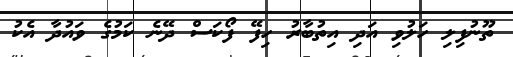
ތޫނުފިލި ހަލުވި އަދި އިތުބާރު ހިފޭ ފޯކަސް ދޭނެ ކަމުގެ ވައުދާ އެކު